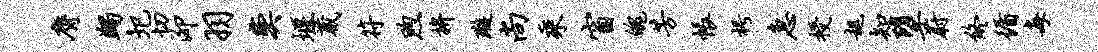
膺蠲圯切泖羽奕堰葳符煦拚璇尚乘窗魄芳帐枵急授趄知堕蔚终循每